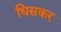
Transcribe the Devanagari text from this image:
धिसकर